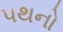
પથનો